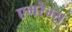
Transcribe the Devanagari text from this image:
एमरेम्स